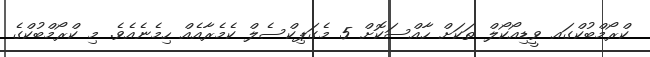
ކްރޯމްބުކްގައ ވީޑިއޯކޯލް ތަކަށް ހާއްސަކޮށް 5 މެގަޕިކްސެލް ކެމެރާއެއް ހިމެނެއެވެ. މި ކްރޯމްބުކްގެ